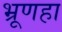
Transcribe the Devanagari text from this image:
भ्रूणहा